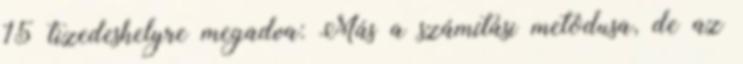
15 tizedeshelyre megadva: Más a számítási metódusa, de az